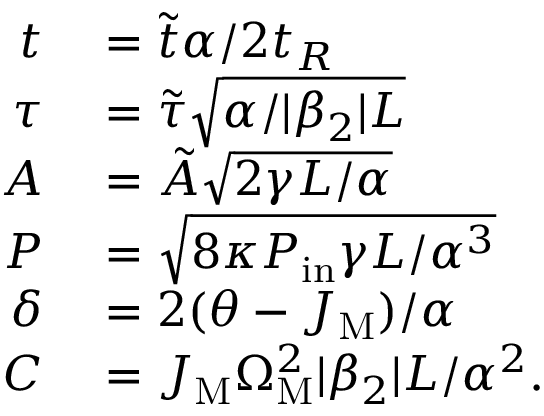
\begin{array} { r l } { t } & { { } = \tilde { t } \alpha / 2 t _ { R } } \\ { \tau } & { { } = \tilde { \tau } \sqrt { \alpha / | \beta _ { 2 } | L } } \\ { A } & { { } = \tilde { A } \sqrt { 2 \gamma L / \alpha } } \\ { P } & { { } = \sqrt { 8 \kappa P _ { \mathrm { i n } } \gamma L / \alpha ^ { 3 } } } \\ { \delta } & { { } = 2 ( \theta - J _ { \mathrm { M } } ) / \alpha } \\ { C } & { { } = J _ { \mathrm { M } } \Omega _ { \mathrm { M } } ^ { 2 } | \beta _ { 2 } | L / \alpha ^ { 2 } . } \end{array}